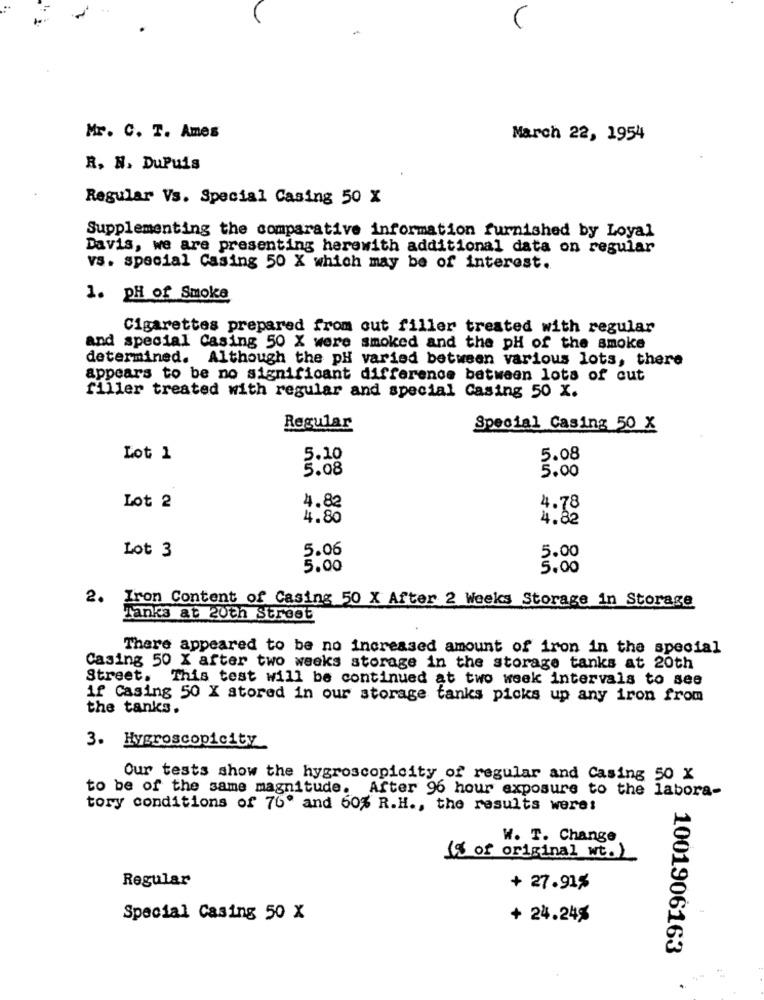
Mr. C. T. Ames
March 22, 1954
R. N. DuPuis
Regular Vs. Special Casing 50 X
Supplementing the comparative information furnished by Loyal
Davis, we are presenting herewith additional data on regular
vs. special Casing 50 X which may be of interest.
1. pH of Smoke
Cigarettes prepared from out filler treated with regular
and special Casing 50 X were smoked and the pH of the smoke
determined. Although the pH varied between various lots, there
appears to be no significant difference between lots of cut
filler treated with regular and special Casing 50 X.
Regular
Special Casing 50 X
Lot 1
5.10
5.08
5.08
5.00
Lot 2
4.82
4.78
4.80
4.82
Lot 3
5.06
5.00
5.00
5.00
2. Iron Content of Casing 50 X After 2 Weeks Storage in Storage
Tanks at 20th Street
There appeared to be no increased amount of iron in the special
Casing 50 X after two weeks storage in the storage tanks at 20th
Street. This test will be continued at two week intervals to see
if Casing 50 X stored in our storage tanks picks up any iron from
the tanks.
3. Hygroscopicity
Our tests show the hygroscopicity of regular and Casing 50 X
to be of the same magnitude. After 96 hour exposure to the labora-
tory conditions of 76' and 60% R.H ., the results were:
W. T. Change
(% of original wt.)
Regular
+ 27.91%
Special Casing 50 X
+ 24.24%
1001906163